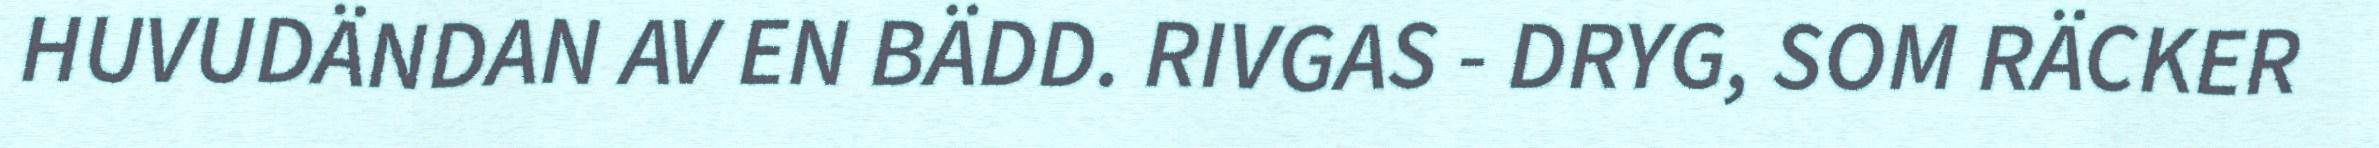
HUVUDÄNDAN AV EN BÄDD. RIVGAS - DRYG, SOM RÄCKER